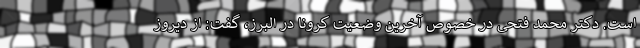
است. دکتر محمد فتحی در خصوص آخرین وضعیت کرونا در البرز، گفت: از دیروز